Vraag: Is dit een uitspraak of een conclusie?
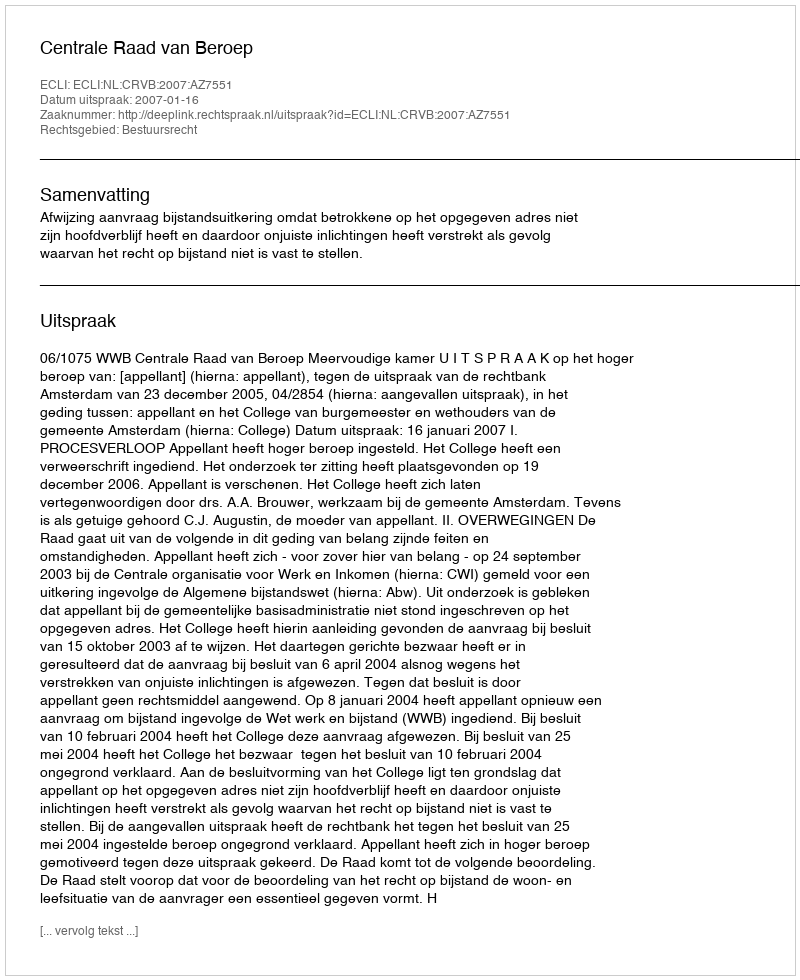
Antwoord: Uitspraak